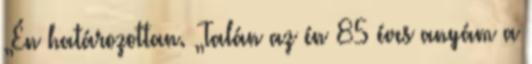
„Én határozottan. „Talán az én 85 éves anyám a